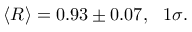
\langle R \rangle = 0 . 9 3 \pm 0 . 0 7 , \ \ 1 \sigma .